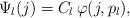
LaTeX: \begin{align*}\Psi_l(j)=C_l \,\varphi(j,p_l),\end{align*}